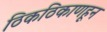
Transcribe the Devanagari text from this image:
ठिकठिकाणहून